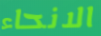
الانحاء